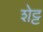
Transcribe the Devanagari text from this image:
शेट्ट